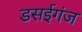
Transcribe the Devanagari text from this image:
डसईगंज